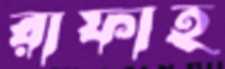
রাফাহ